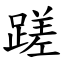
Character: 蹉